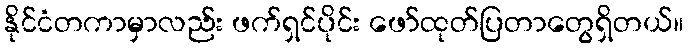
နိုင်ငံတကာမှာလည်း ဖက်ရှင်ပိုင်း ဖော်ထုတ်ပြတာတွေရှိတယ်။